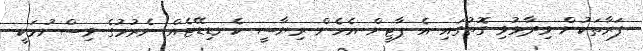
ފަރާތަކުން ވިދާޅުވި ގޮތުގައި އެ ޕާޓީން އެހެން ރިޔާސީ ކެނޑިޑޭޓެއް ނެރުމުގެ ވިސްނުމަކީ